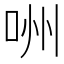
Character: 㖄